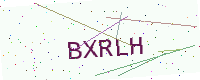
Text: BXRLH